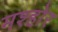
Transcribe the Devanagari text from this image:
मश्होर